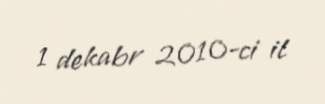
1 dekabr 2010-ci il